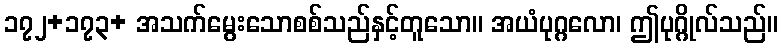
၁၇၂+၁၇၃+ အသက်မွေးသောစစ်သည်နှင့်တူသော။ အယံပုဂ္ဂလော၊ ဤပုဂ္ဂိုလ်သည်။